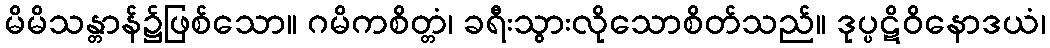
မိမိသန္တာန်၌ဖြစ်သော။ ဂမိကစိတ္တံ၊ ခရီးသွားလိုသောစိတ်သည်။ ဒုပ္ပဋိဝိနောဒယံ၊